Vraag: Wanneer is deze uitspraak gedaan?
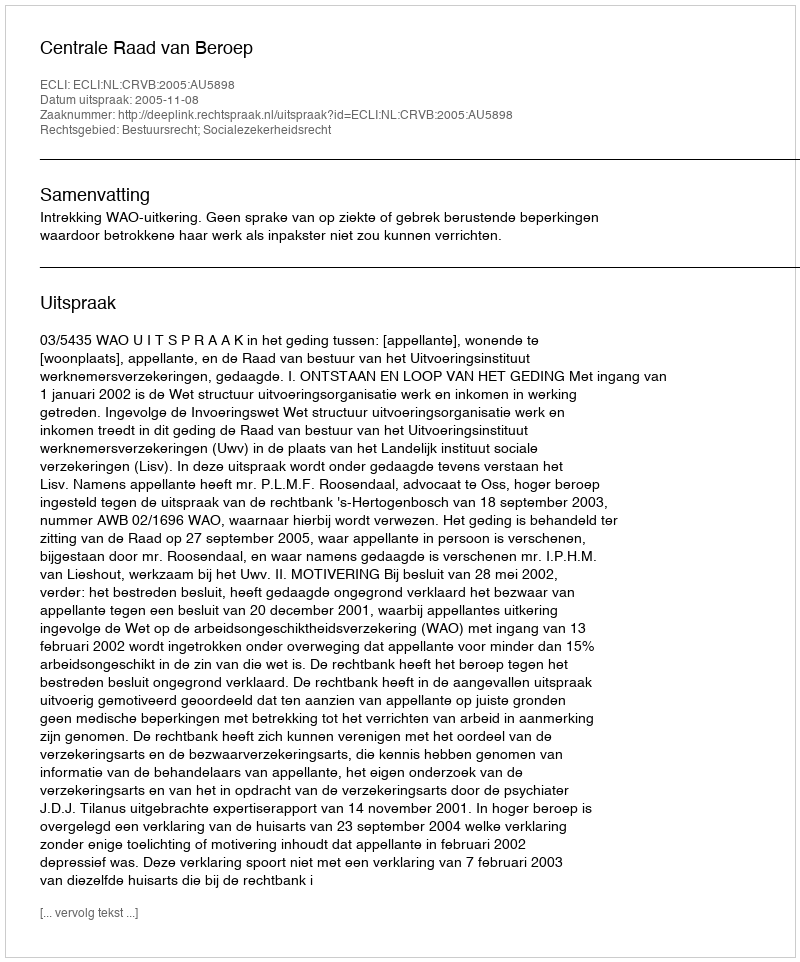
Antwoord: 2005-11-08